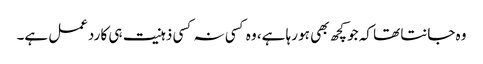
وہ جانتا تھا کہ جو کچھ بھی ہو رہا ہے، وہ کسی نہ کسی ذہنیت ہی کا ردعمل ہے۔